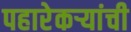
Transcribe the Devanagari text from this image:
पहारेकऱ्यांची